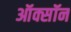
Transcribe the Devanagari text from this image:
ऑक्सॉन